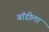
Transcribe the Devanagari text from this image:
बॉडीला